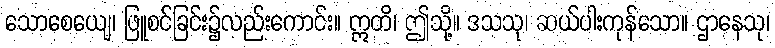
သောစေယျေ၊ ဖြူစင်ခြင်း၌လည်းကောင်း။ ဣတိ၊ ဤသို့။ ဒသသု၊ ဆယ်ပါးကုန်သော။ ဌာနေသု၊